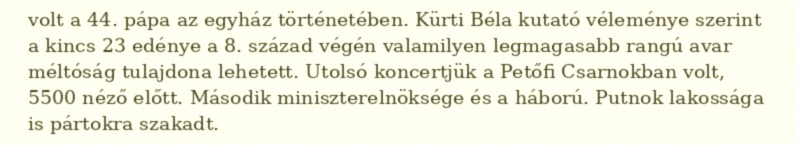
volt a 44. pápa az egyház történetében. Kürti Béla kutató véleménye szerint a kincs 23 edénye a 8. század végén valamilyen legmagasabb rangú avar méltóság tulajdona lehetett. Utolsó koncertjük a Petőfi Csarnokban volt, 5500 néző előtt. Második miniszterelnöksége és a háború. Putnok lakossága is pártokra szakadt.